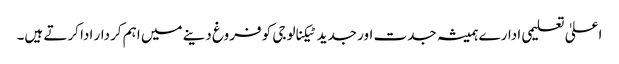
اعلیٰ تعلیمی ادارے ہمیشہ جدت اور جدید ٹیکنالوجی کو فروغ دینے میں اہم کردار ادا کرتے ہیں۔